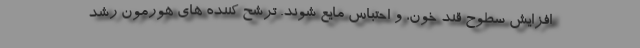
افزایش سطوح قند خون، و احتباس مایع شوند. ترشح کننده های هورمون رشد